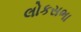
લોકસભા